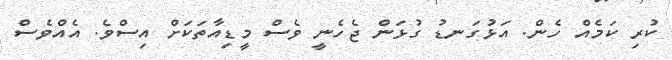
ކުރި ކަމެއް ހެން. އަޅުގަނޑު ގުޅަން ޖެހެނީ ވެސް މީޑިއާތަކަށް އިސްވެ. އެއްވެސް